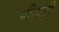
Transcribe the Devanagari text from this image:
पीकही